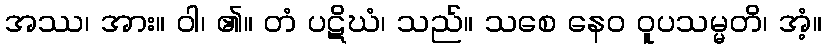
အဿ၊ အား။ ဝါ၊ ၏။ တံ ပဋိဃံ၊ သည်။ သစေ နေဝ ဝူပသမ္မတိ၊ အံ့။